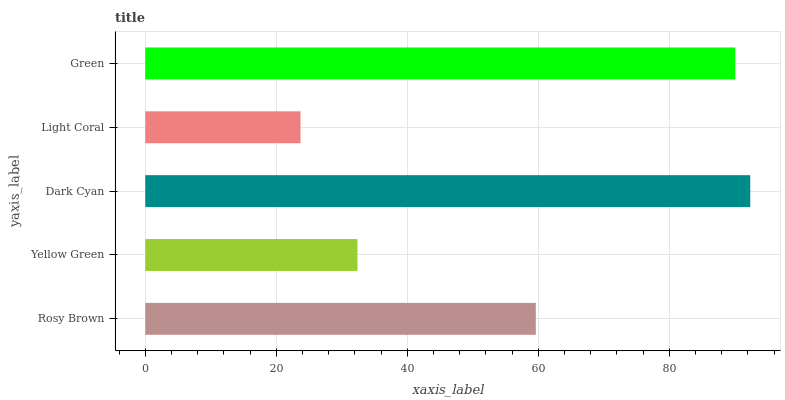
| yaxis_label | bars |
 | --- | --- |
 | Rosy Brown | 59.6 |
 | Yellow Green | 32.4 |
 | Dark Cyan | 92.4 |
 | Light Coral | 23.7 |
 | Green | 90.1 |